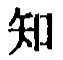
知